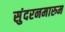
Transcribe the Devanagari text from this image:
सुंदरनमारुम